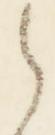
之